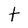
Character: t